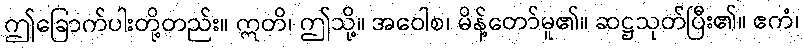
ဤခြောက်ပါးတို့တည်း။ ဣတိ၊ ဤသို့။ အဝေါစ၊ မိန့်တော်မူ၏။ ဆဋ္ဌသုတ်ပြီး၏။ ဧကံ၊